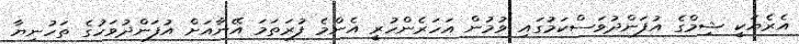
އެރެޔަކީ ޝިމްގެ އުފަންދުވަސްކަމުގައި ވުމުން އަހަރެންހުރީ އެންމެ ފުރަތަމަ އޭނާއަށް އުފަންދުވަހުގެ ތަހުނިޔާ